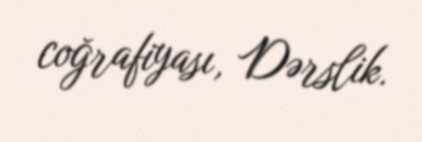
coğrafiyası, Dərslik.